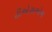
ટીએસએચ